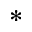
^ { * }